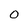
Character: 0